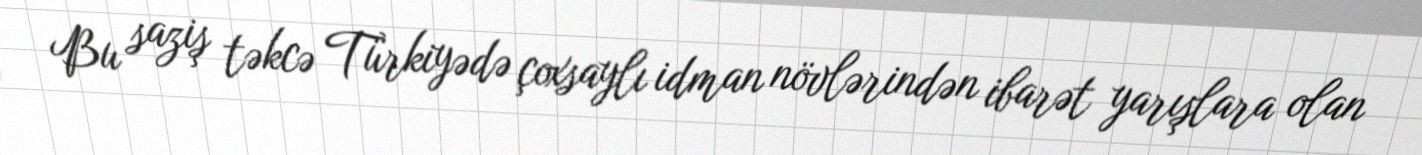
Bu saziş təkcə Türkiyədə çoxsaylı idman növlərindən ibarət yarışlara olan